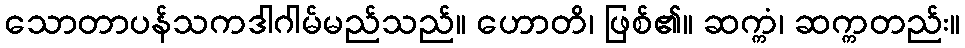
သောတာပန်သကဒါဂါမ်မည်သည်။ ဟောတိ၊ ဖြစ်၏။ ဆက္ကံ၊ ဆက္ကတည်း။